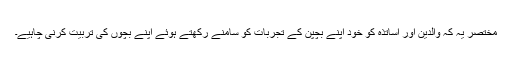
مختصر یہ کہ والدین اور اساتذہ کو خود اپنے بچپن کے تجربات کو سامنے رکھتے ہوئے اپنے بچوں کی تربیت کرنی چاہیے۔